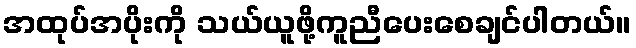
အထုပ်အပိုးကို သယ်ယူဖို့ကူညီပေးစေချင်ပါတယ်။